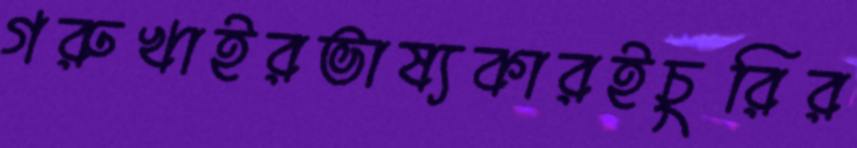
গরুখাইরভাষ্যকারইচুরির